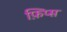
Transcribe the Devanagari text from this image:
फ़िप्स